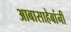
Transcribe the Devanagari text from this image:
आबासाहेबांनी